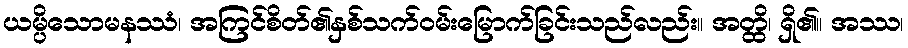
ယမ္ပိသောမနဿံ၊ အကြင်စိတ်၏နှစ်သက်ဝမ်းမြောက်ခြင်းသည်လည်း။ အတ္ထိ၊ ရှိ၏။ အဿ၊